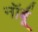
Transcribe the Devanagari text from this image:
नॉर्बू